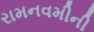
રામનવમીની